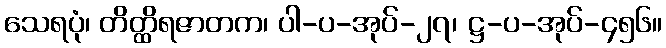
သေရပုံ၊ တိတ္ထိရဇာတက၊ ပါ-ပ-အုပ်-၂၇၊ ဋ္ဌ-ပ-အုပ်-၄၅၆။